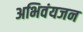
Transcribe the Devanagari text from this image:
अभिवंयजन